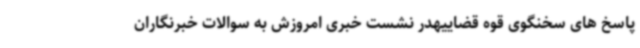
پاسخ های سخنگوی قوه قضاییهدر نشست خبری امروزش به سوالات خبرنگاران